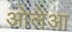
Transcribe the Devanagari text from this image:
ओलेआ